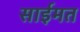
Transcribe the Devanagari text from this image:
साईमत